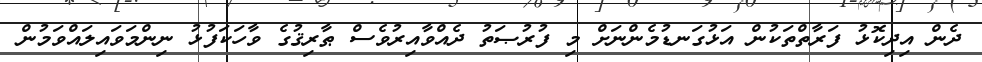
ދެން އިދިކޮޅު ފަރާތްތަކުން އަޅުގަނޑުމެންނަށް މި ފުރުޞަތު ދެއްވާއިރުވެސް ޠާރިޤުގެ ވާހަކަފުޅު ނިންމަވައިލައްވަމުން